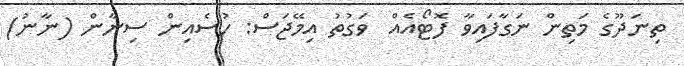
ތިނަދޫގެ މަތިން ނަގާފައިވާ ފޮޓޯއެއް  ވަގުތު އިމޭޖަސް: ހުސެއިން ސިނާން (ނާނު)